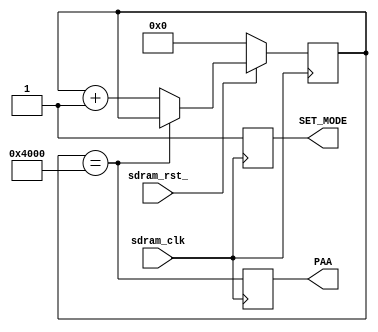
module sdram_init (
    input       sdram_clk,
    input       sdram_rst_,
//    input       CKE_IN,
//    output  reg CKE_OUT,
    output  reg PAA = 0,
    output  reg SET_MODE
);
parameter
    INIT_CNT        = 16'h4000,
    INIT_HALF_CNT   = INIT_CNT >> 1;
reg     [15:0]  init_counter;
wire    init_counter_done;
//wire    init_counter_half_done;
assign init_counter_done = (init_counter == INIT_CNT);
//assign init_counter_half_done = (init_counter > INIT_HALF_CNT);
always @(posedge sdram_clk) begin
    if (!sdram_rst_)
        init_counter <= 'b0;
    else if (!init_counter_done)
        init_counter <= init_counter + 1'b1;
end
//always @(negedge sdram_clk or negedge sdram_rst_) begin
//    if (!sdram_rst_)
//        CKE_OUT <= 1'b0;
//    else
//        CKE_OUT <= CKE_IN && init_counter_half_done;
//end
always @(posedge sdram_clk) begin
        PAA <= init_counter_done;
end
always @(posedge sdram_clk) begin
        SET_MODE <= 1'b1;
end
endmodule